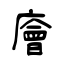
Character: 廥